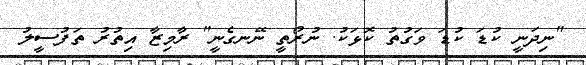
"ނިދަނީ ކުޑަ ކުޑަ ވަގުތު ކޮޅަކު. ނުރޯތީ ނޭނގެނީ" ރާމިޒާ އިތުރު ތަފުސީލު